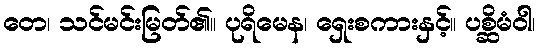
တေ၊ သင်မင်းမြတ်၏။ ပုရိမေန၊ ရှေးစကားနှင့်။ ပစ္ဆိမံဝါ၊